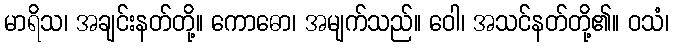
မာရိသ၊ အချင်းနတ်တို့။ ကောဓော၊ အမျက်သည်။ ဝေါ၊ အသင်နတ်တို့၏။ ဝသံ၊